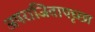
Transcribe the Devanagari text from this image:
अपराजितापृच्छा